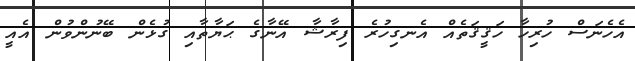
އެހެނަސް ހުރިހާ ހަޤީޤަތެއް އެނގިހުރެ ފިރާޝާ އޭނާގެ ޙަޔާތާއި ގުޅެން ބޭނުންވުން އެއީ